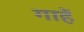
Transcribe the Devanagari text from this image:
गाहें